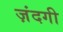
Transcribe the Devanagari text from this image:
ज़ंदगी